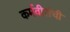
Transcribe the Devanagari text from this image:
कर्मवीरांची